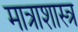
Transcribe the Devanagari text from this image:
मात्राशास्त्र